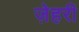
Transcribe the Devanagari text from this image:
ज़ेहरी